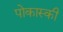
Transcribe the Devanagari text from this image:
पोकास्की